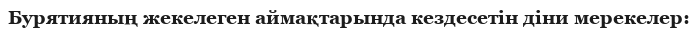
Бурятияның жекелеген аймақтарында кездесетін діни мерекелер: